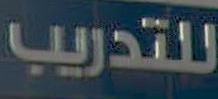
للتدريب